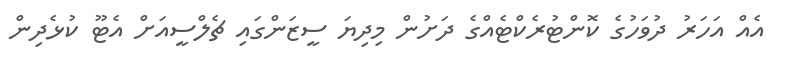
އެއް އަހަރު ދުވަހުގެ ކޮންޓުރެކްޓެއްގެ ދަށުން މިދިޔަ ސީޒަންގައި ޗެލްސީއަށް އެޓޫ ކުޅެދިން